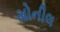
મોનીલ